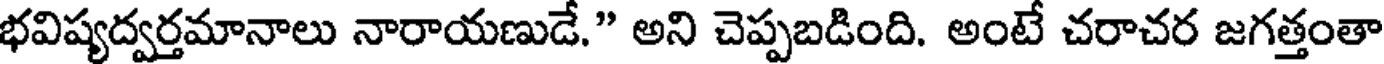
భవిష్యద్వర్తమానాలు నారాయణుడే." అని చెప్పబడింది. అంటే చరాచర జగత్తంతా